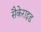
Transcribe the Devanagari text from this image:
सैकेराइड